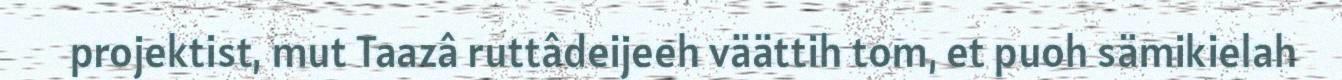
projektist, mut Taazâ ruttâdeijeeh väättih tom, et puoh sämikielah